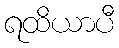
ရထိယာပီ